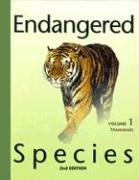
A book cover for Endangered Species (3 Volume Set); Sonia Benson; Science & Math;